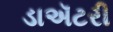
ડાઍટરી